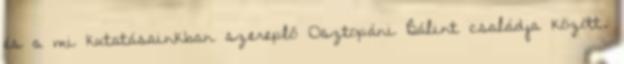
és a mi kutatásainkban szereplő Osztopáni Bálint családja között.